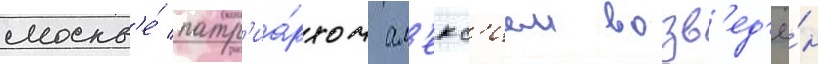
москв'е́ патр'иа́рхом ал'екс'ием возв'ед'ё́н